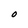
Character: O